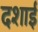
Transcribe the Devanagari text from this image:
दशाई